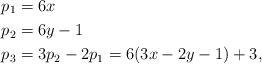
LaTeX: \begin{align*}p_1 & =6 x \\p_2 & =6 y-1 \\p_3 & = 3 p_2-2 p_1=6(3 x - 2 y-1)+3,\end{align*}